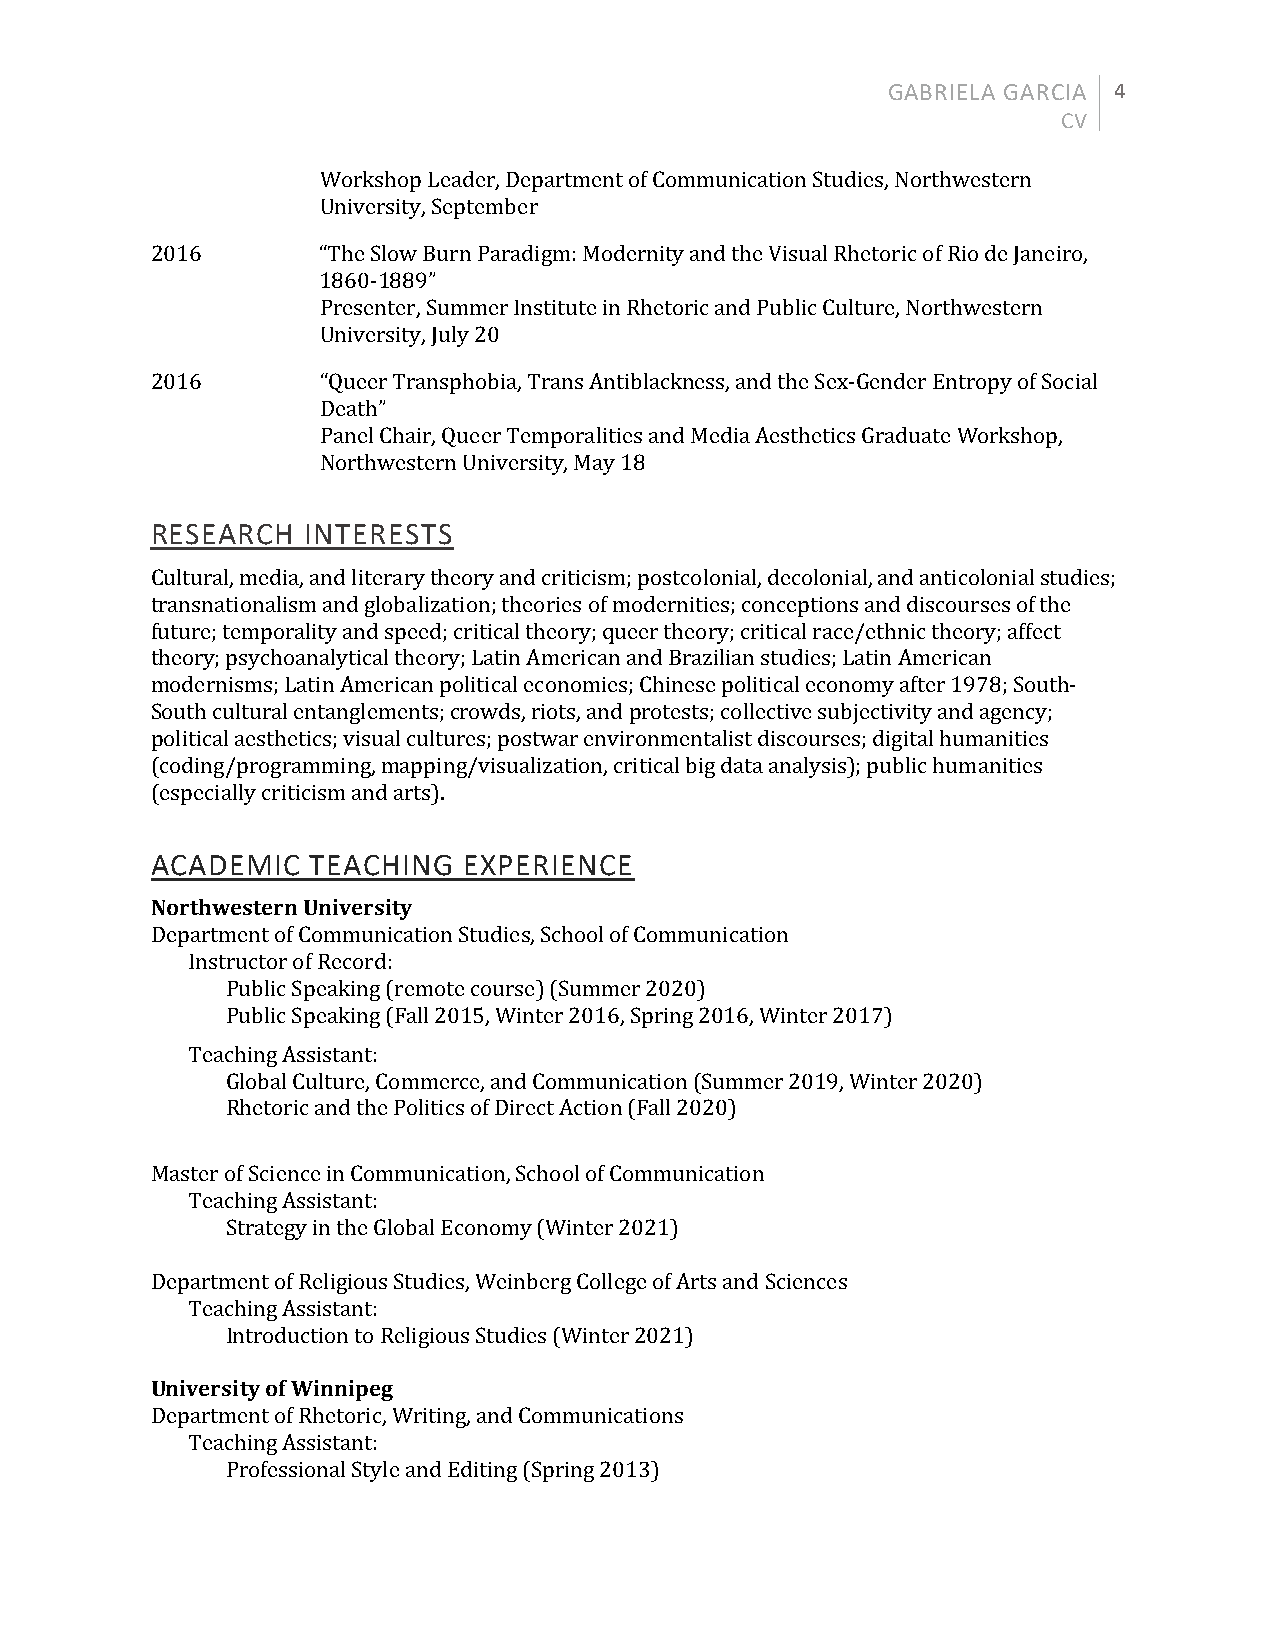
GABRIELA GARCIA 4
 CV
 Workshop Leader, Department of Communication Studies, Northwestern
 University, September
 2016       “The Slow Burn Paradigm: Modernity and the Visual Rhetoric of Rio de Janeiro,
 1860-1889”
 Presenter, Summer Institute in Rhetoric and Public Culture, Northwestern
 University, July 20
 2016       “Queer Transphobia, Trans Antiblackness, and the Sex-Gender Entropy of Social
 Death”
 Panel Chair, Queer Temporalities and Media Aesthetics Graduate Workshop,
 Northwestern University, May 18
 RESEARCH  INTERESTS
 Cultural, media, and literary theory and criticism; postcolonial, decolonial, and anticolonial studies;
 transnationalism and globalization; theories of modernities; conceptions and discourses of the
 future; temporality and speed; critical theory; queer theory; critical race/ethnic theory; affect
 theory; psychoanalytical theory; Latin American and Brazilian studies; Latin American
 modernisms; Latin American political economies; Chinese political economy after 1978; South-
 South cultural entanglements; crowds, riots, and protests; collective subjectivity and agency;
 political aesthetics; visual cultures; postwar environmentalist discourses; digital humanities
 (coding/programming, mapping/visualization, critical big data analysis); public humanities
 (especially criticism and arts).
 ACADEMIC   TEACHING  EXPERIENCE
 Northwestern University
 Department of Communication Studies, School of Communication
 Instructor of Record:
 Public Speaking (remote course) (Summer 2020)
 Public Speaking (Fall 2015, Winter 2016, Spring 2016, Winter 2017)
 Teaching Assistant:
 Global Culture, Commerce, and Communication (Summer 2019, Winter 2020)
 Rhetoric and the Politics of Direct Action (Fall 2020)
 Master of Science in Communication, School of Communication
 Teaching Assistant:
 Strategy in the Global Economy (Winter 2021)
 Department of Religious Studies, Weinberg College of Arts and Sciences
 Teaching Assistant:
 Introduction to Religious Studies (Winter 2021)
 University of Winnipeg
 Department of Rhetoric, Writing, and Communications
 Teaching Assistant:
 Professional Style and Editing (Spring 2013)